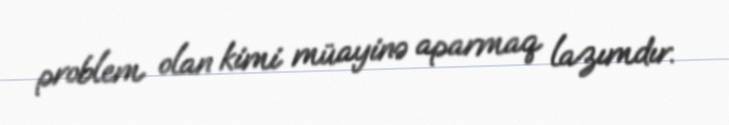
problem olan kimi müayinə aparmaq lazımdır.